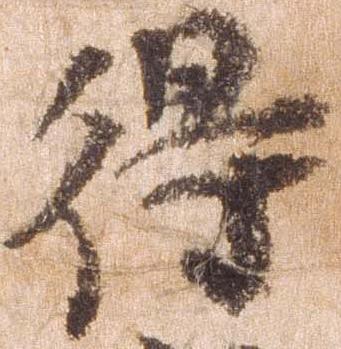
得